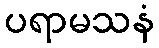
ပရာမသနံ